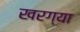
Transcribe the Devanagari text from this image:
खरग्या